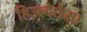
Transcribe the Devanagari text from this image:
हिउन्देछैसा